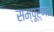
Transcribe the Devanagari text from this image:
सम्पूर्णत